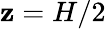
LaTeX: \mathbf{z}=H/2